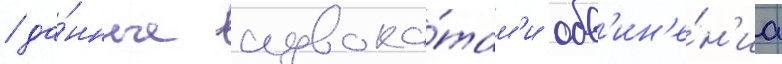
/ да́нные адвока́там'и обв'ин'е́н'иа